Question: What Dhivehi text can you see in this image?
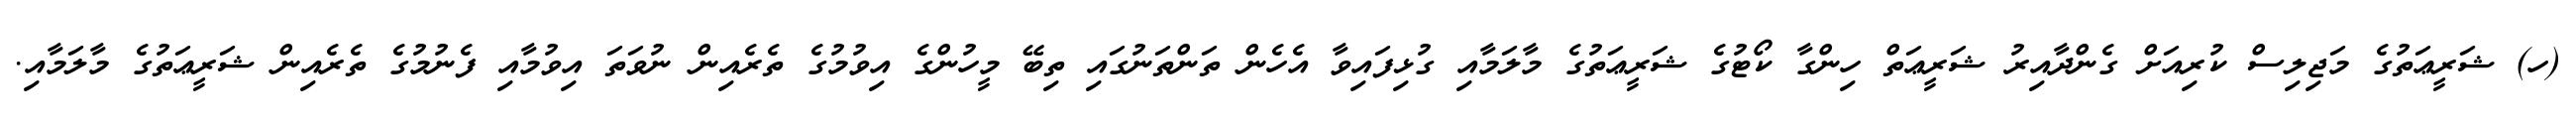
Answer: (ހ) ޝަރީޢަތުގެ މަޖިލިސް ކުރިއަށް ގެންދާއިރު ޝަރީޢަތް ހިންގާ ކޯޓުގެ ޝަރީޢަތުގެ މާލަމާއި ގުޅިފައިވާ އެހެން ތަންތަނުގައި ތިބޭ މީހުންގެ އިވުމުގެ ތެރެއިން ނުވަތަ އިވުމާއި ފެނުމުގެ ތެރެއިން ޝަރީޢަތުގެ މާލަމާއި.